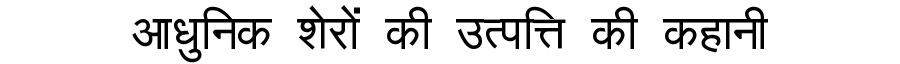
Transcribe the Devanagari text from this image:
आधुनिक शेरों की उत्पत्ति की कहानी